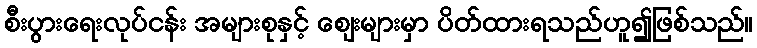
စီးပွားရေးလုပ်ငန်း အများစုနှင့် ဈေးများမှာ ပိတ်ထားရသည်ဟူ၍ဖြစ်သည်။